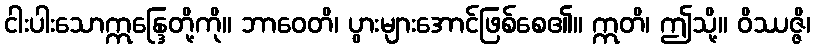
ငါးပါးသောဣန္ဒြေတို့ကို။ ဘာဝေတိ၊ ပွားများအောင်ဖြစ်စေ၏။ ဣတိ၊ ဤသို့။ ဝိဿဇ္ဇိ၊